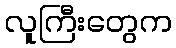
လူကြီးတွေက